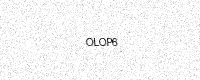
Text: OLOP6